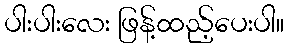
ပါးပါးလေး ဖြန့်ထည့်ပေးပါ။